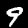
Digit: 9